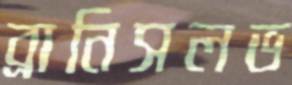
ব্রানিসলভ